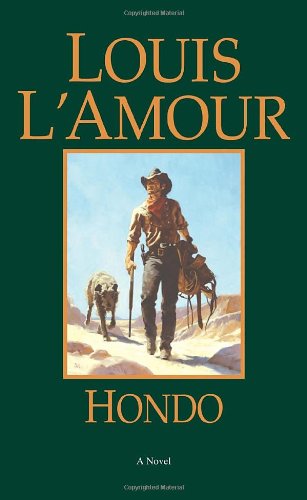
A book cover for Hondo: A Novel; Louis L'Amour; Literature & Fiction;